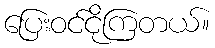
ပြေးဝင်ငိုကြတယ်။